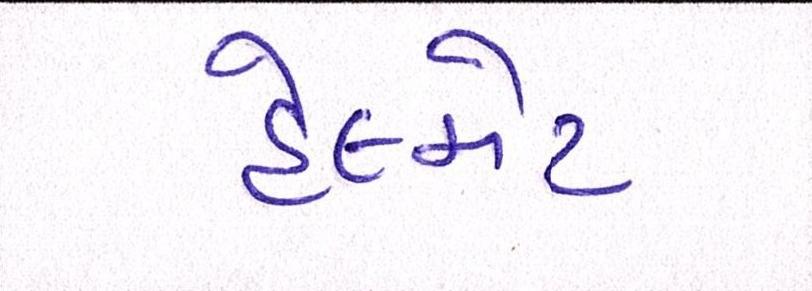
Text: હેલ્મેટ